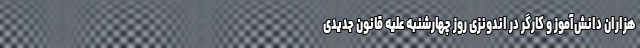
هزاران دانش‌آموز و کارگر در اندونزی روز چهارشنبه علیه قانون جدیدی